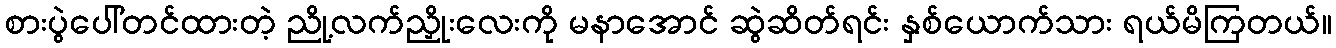
စားပွဲပေါ်တင်ထားတဲ့ ညို့လက်ညှိုးလေးကို မနာအောင် ဆွဲဆိတ်ရင်း နှစ်ယောက်သား ရယ်မိကြတယ်။